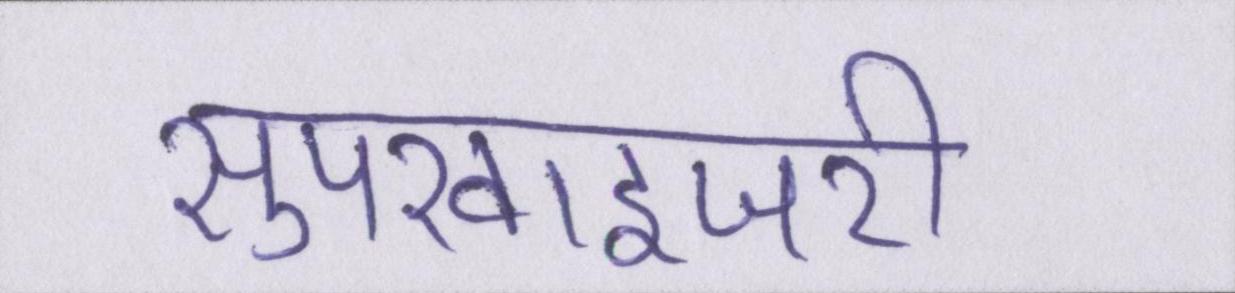
सुपरवाइजरी